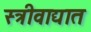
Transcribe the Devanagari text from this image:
स्त्रीवाद्यात